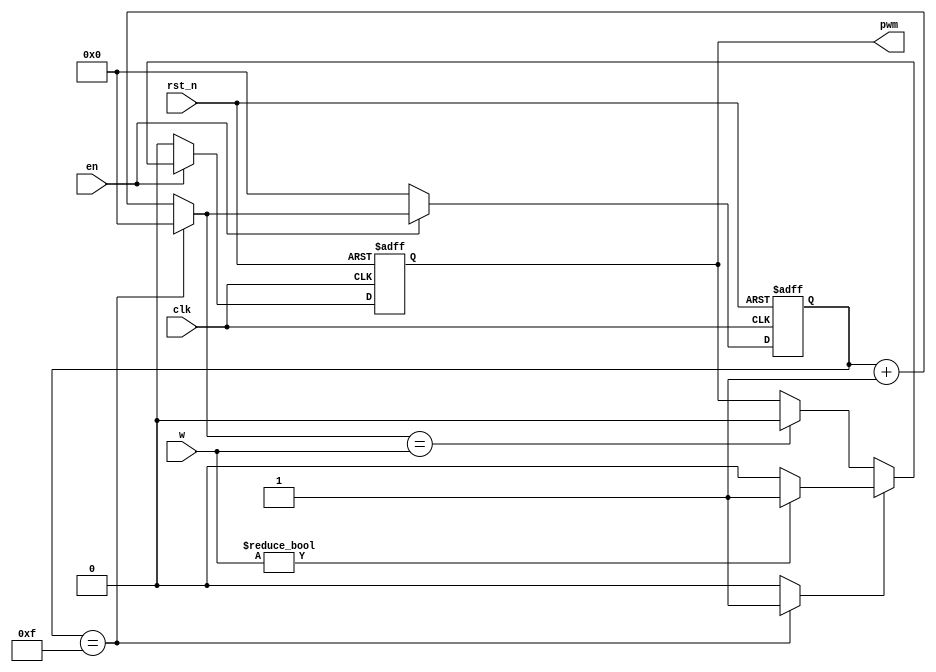
`timescale 1ns / 1ps

module led_dimmer(
	input clk,rst_n,
	input en,
	input[3:0] w, //4-bit resolution. Duty cycle=w/16
	output pwm
    );
	 
	 reg[3:0] counter_reg=0;
	 reg pwm_reg=0;
	 wire[3:0] counter_nxt;
	 wire pwm_nxt;
	 wire max_tick;
	 
	 //registers
	 always @(posedge clk,negedge rst_n) begin
		 if(!rst_n) begin
			counter_reg<=0;
			pwm_reg<=0;
		 end
		 else begin
			if(en) begin
			counter_reg<=counter_nxt;
			pwm_reg<=pwm_nxt;
			end
			else begin 
			counter_reg<=0;
			pwm_reg<=0;
			end
		 end
	 end
	 
	 //next-state logic for counter
	 assign counter_nxt=(counter_reg==4'd15)?0:counter_reg+1;
	 assign max_tick=(counter_reg==4'd15)?1:0;
	 
	 //next state logic for pwm_reg
	 assign pwm_nxt=max_tick? (w?1:0) : ((counter_nxt==w)?0:pwm_reg);//if w is logic 1 then the period will start with 1, but if w is zero then obviously it will start with 0
	 
	 //output
	 assign pwm=pwm_reg;
	 
	 


endmodule